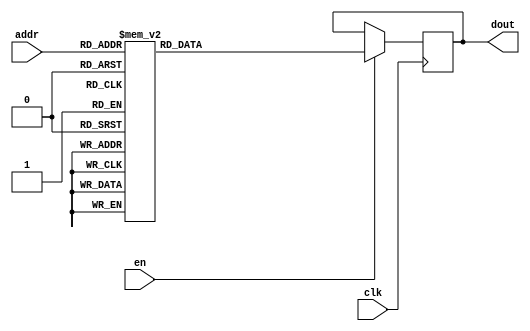
`timescale 1ns / 1ps
/*
Copyright
All right reserved.
Module Name: rom_syn
Author  : Zichuan Liu, Yixing Li and Wenye Liu.
Description:
A synthesized ROM: ROM_DEP x ROM_WID
*/
module DC_9_REF_SIGN_ROM_1(
// inputs
clk,
en,
addr,
// outputs
dout
);
localparam ROM_WID = 1;
localparam ROM_DEP = 32;
localparam ROM_ADDR = 5;
// input definition
input clk;
input en;
input [ROM_ADDR-1:0] addr;
// output definition
output [ROM_WID-1:0] dout;
reg [ROM_WID-1:0] data;
always @(posedge clk)
begin
if (en) begin
case(addr)
		5'd0: data <= 1'b0;
		5'd1: data <= 1'b1;
		5'd2: data <= 1'b1;
		5'd3: data <= 1'b0;
		5'd4: data <= 1'b1;
		5'd5: data <= 1'b1;
		5'd6: data <= 1'b1;
		5'd7: data <= 1'b1;
		5'd8: data <= 1'b1;
		5'd9: data <= 1'b0;
		5'd10: data <= 1'b1;
		5'd11: data <= 1'b1;
		5'd12: data <= 1'b1;
		5'd13: data <= 1'b1;
		5'd14: data <= 1'b0;
		5'd15: data <= 1'b1;
		5'd16: data <= 1'b1;
		5'd17: data <= 1'b1;
		5'd18: data <= 1'b1;
		5'd19: data <= 1'b1;
		5'd20: data <= 1'b0;
		5'd21: data <= 1'b1;
		5'd22: data <= 1'b0;
		5'd23: data <= 1'b1;
		5'd24: data <= 1'b1;
		5'd25: data <= 1'b1;
		5'd26: data <= 1'b1;
		5'd27: data <= 1'b1;
		5'd28: data <= 1'b1;
		5'd29: data <= 1'b1;
		5'd30: data <= 1'b1;
		5'd31: data <= 1'b1;
		endcase
		end
	end
	assign dout = data;
endmodule